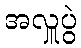
အလှူပွဲ